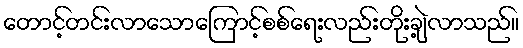
တောင့်တင်းလာသောကြောင့်စစ်ရေးလည်းတိုးချဲ့လာသည်။